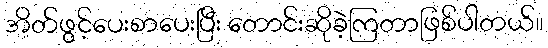
အိတ်ဖွင့်ပေးစာပေးပြီး တောင်းဆိုခဲ့ကြတာဖြစ်ပါတယ်။